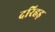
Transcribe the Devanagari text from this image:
दरिहड़